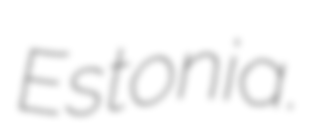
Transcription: Estonia.